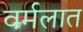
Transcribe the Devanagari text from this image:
वर्मलात